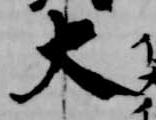
大